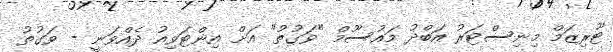
ޓޫރިޒަމް މިނިސްޓަރު އަބްދު މައުސޫމް "ވަގުތު" އަށް އިންޓަވިއު ދެއްވަނީ - ވަގުތު